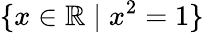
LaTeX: \{ x\in\mathbb{R}\mid x^{2}=1\}